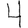
Digit: 4